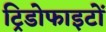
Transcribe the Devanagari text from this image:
ट्रिडोफाइटों